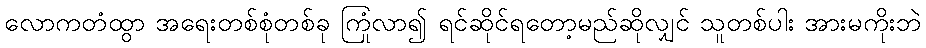
လောကတံထွာ အရေးတစ်စုံတစ်ခု ကြုံလာ၍ ရင်ဆိုင်ရတော့မည်ဆိုလျှင် သူတစ်ပါး အားမကိုးဘဲ